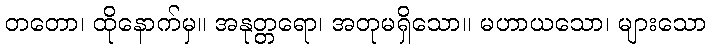
တတော၊ ထိုနောက်မှ။ အနုတ္တရော၊ အတုမရှိသော။ မဟာယသော၊ များသော